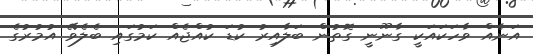
އަނެއް ވާހަކައަކީ ގާނޫނީ ގޮތުން ބަލާއިރު ކުޑަ ކުއްޖެއް ކަމުގައި ބެލެވޭ އުމުރުގެ